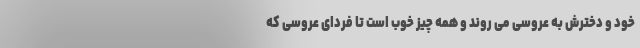
خود و دخترش به عروسی می روند و همه چیز خوب است تا فردای عروسی که